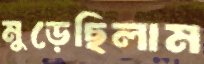
মুড়েছিলাম